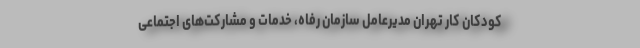
کودکان کار تهران مدیرعامل سازمان رفاه، خدمات و مشارکت‌های اجتماعی